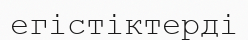
егістіктерді